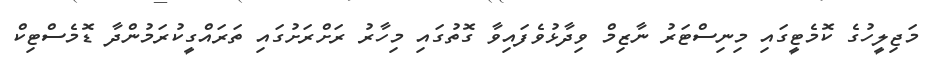
މަޖިލީހުގެ ކޮމެޓީގައި މިނިސްޓަރު ނާޒިމް ވިދާޅުވެފައިވާ ގޮތުގައި މިހާރު ރަށްރަށުގައި ތަރައްގީކުރަމުންދާ ޑޮމެސްޓިކް